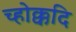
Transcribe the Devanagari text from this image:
च्होक्कदि